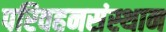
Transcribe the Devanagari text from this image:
परिवहनसंस्थान